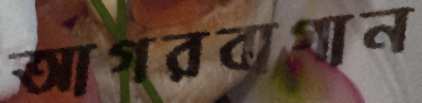
আগরবাগান